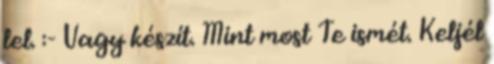
lel. :- Vagy készít. Mint most Te ismét. Keljél